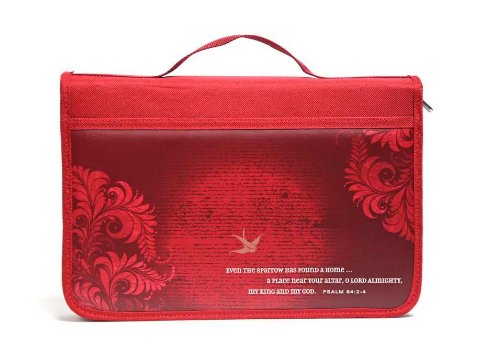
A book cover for Inspiration Sparrow Large Bible Cover; Christian Books & Bibles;